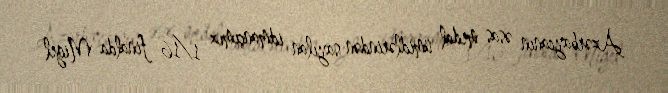
Azərbaycanın əsas medal ümidlərindən sayılan idmançımız 1/16 finalda Migel